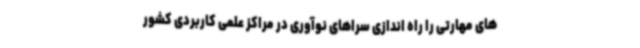
های مهارتی را راه اندازی سراهای نوآوری در مراکز علمی کاربردی کشور